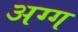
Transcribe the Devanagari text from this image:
अग्ग